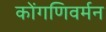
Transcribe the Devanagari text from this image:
कोंगणिवर्मन